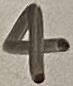
Text: 4